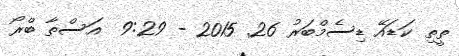
ތީތި ކަޑައޭ ޑިސެމްބަރު 26